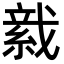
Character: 𦁋